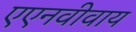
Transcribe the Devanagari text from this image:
एएनवीवाय